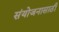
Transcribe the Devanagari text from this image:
संयोजनासाठी